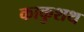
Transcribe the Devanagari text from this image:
काकुशथ